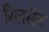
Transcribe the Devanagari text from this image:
रिलसैन